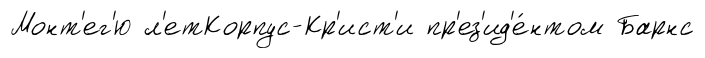
Монт'ег'ю л'етКорпус-Кр'ист'и пр'ез'ид'е́нтом Барнс